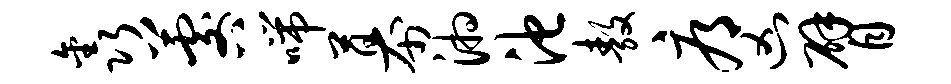
鑫晷喘幕湘池敖辱凶臂